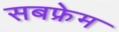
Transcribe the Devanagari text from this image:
सबफ्रेम